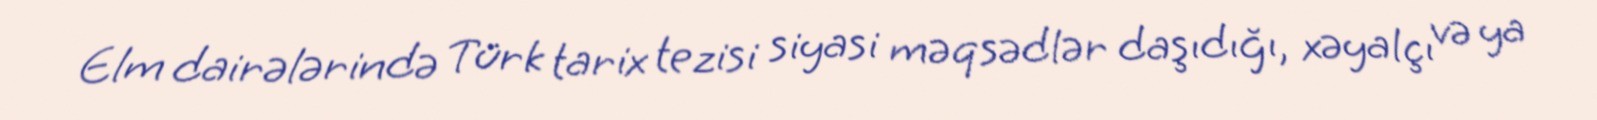
Elm dairələrində Türk tarix tezisi siyasi məqsədlər daşıdığı, xəyalçı və ya